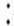
: